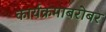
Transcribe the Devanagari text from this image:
कार्यक्रमाबरोबर